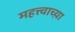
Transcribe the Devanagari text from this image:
महत्त्वाच्य़ा